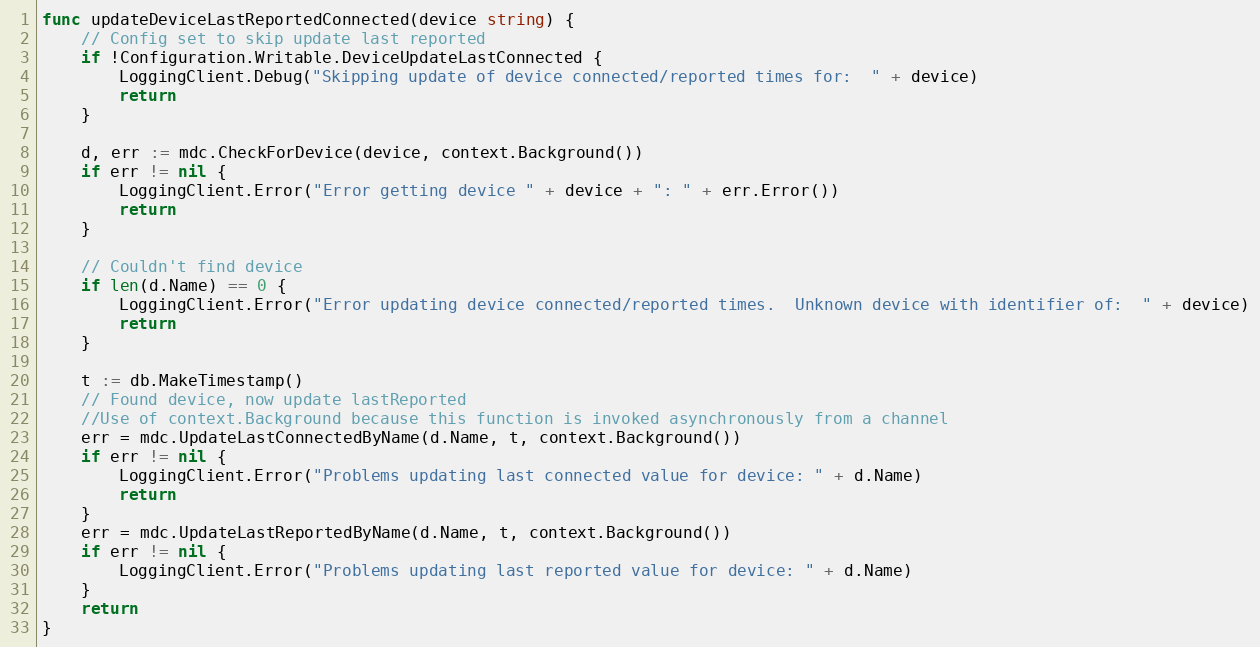
Language: Go
func updateDeviceLastReportedConnected(device string) {
	// Config set to skip update last reported
	if !Configuration.Writable.DeviceUpdateLastConnected {
		LoggingClient.Debug("Skipping update of device connected/reported times for:  " + device)
		return
	}

	d, err := mdc.CheckForDevice(device, context.Background())
	if err != nil {
		LoggingClient.Error("Error getting device " + device + ": " + err.Error())
		return
	}

	// Couldn't find device
	if len(d.Name) == 0 {
		LoggingClient.Error("Error updating device connected/reported times.  Unknown device with identifier of:  " + device)
		return
	}

	t := db.MakeTimestamp()
	// Found device, now update lastReported
	//Use of context.Background because this function is invoked asynchronously from a channel
	err = mdc.UpdateLastConnectedByName(d.Name, t, context.Background())
	if err != nil {
		LoggingClient.Error("Problems updating last connected value for device: " + d.Name)
		return
	}
	err = mdc.UpdateLastReportedByName(d.Name, t, context.Background())
	if err != nil {
		LoggingClient.Error("Problems updating last reported value for device: " + d.Name)
	}
	return
}